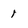
Character: 1